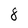
Character: 8